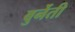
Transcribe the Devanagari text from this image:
बुर्नेती